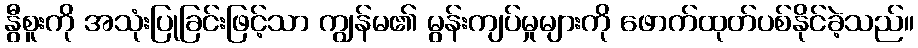
နွီစူးကို အသုံးပြုခြင်းဖြင့်သာ ကျွန်မ၏ မွန်းကျပ်မှုများကို ဖောက်ထုတ်ပစ်နိုင်ခဲ့သည်။